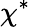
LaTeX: \chi^{*}